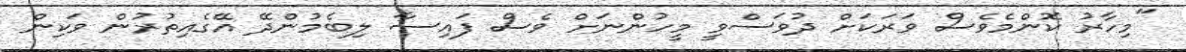
"މިހާރު ކޮންމެވެސް ވަރަކަށް ދުވަސްވީ މީހުންނަށް ވެސް ފައިސާ ލިބެމުންދޭ އޭގެއިތުރުން ވަކިން